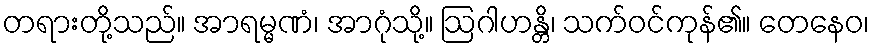
တရားတို့သည်။ အာရမ္မဏံ၊ အာဂုံသို့။ ဩဂါဟန္တိ၊ သက်ဝင်ကုန်၏။ တေနေဝ၊